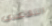
التقاعدي